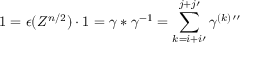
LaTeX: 1 = \epsilon ( Z ^ { n / 2 } ) \cdot 1 = \gamma \ast \gamma ^ { - 1 } = \sum _ { k = i + i \prime } ^ { j + j \prime } \gamma ^ { ( k ) } \prime \prime